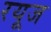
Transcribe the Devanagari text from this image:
रयूज